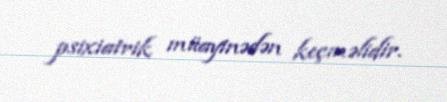
psixiatrik müayinədən keçməlidir.